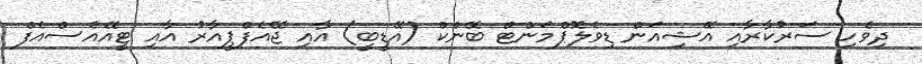
ދިވެހި ސަރުކާރާއި އޭޝިއަން ޑިވެލޮޕްމަންޓް ބޭންކް (އޭޑީބީ) އާއި ޖޭއެފްޕީއާރު އާއި ޓީއޭއެސްއެފް